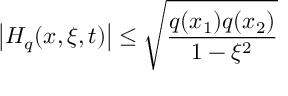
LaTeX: \left| H _ { q } ( x , \xi , t ) \right| \leq \sqrt { \frac { q ( x _ { 1 } ) q ( x _ { 2 } ) } { 1 - \xi ^ { 2 } } }